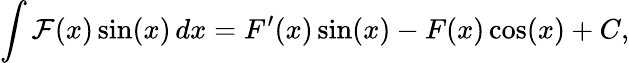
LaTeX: \int\mathcal{F}(x)\sin(x)\, dx=F^{\prime}(x)\sin(x)-F(x)\cos(x)+C,